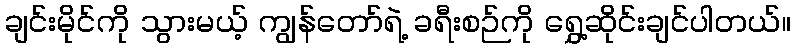
ချင်းမိုင်ကို သွားမယ့် ကျွန်တော်ရဲ့ ခရီးစဉ်ကို ရွှေ့ဆိုင်းချင်ပါတယ်။